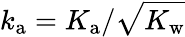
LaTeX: {k_{\mathrm{a}}=K_{\mathrm{a}}/\sqrt{K_{\mathrm{w}}}}